Report of the King Institute of Preventive Medicine, Guindy
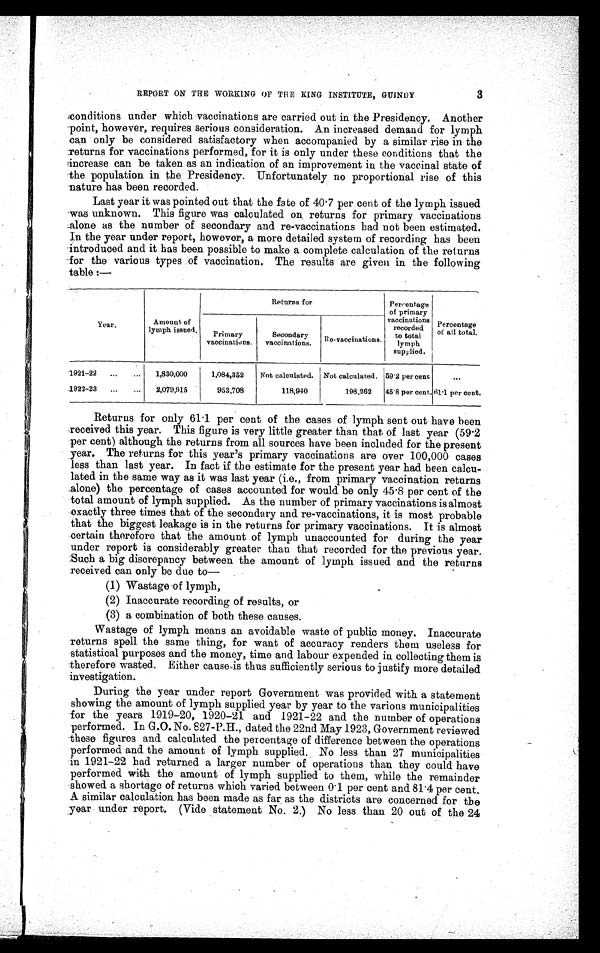
3
REPORT ON THE WORKING OF THE KING INSTITUTE, GUINDY
conditions under which vaccinations are carried out in the Presidency. Another
point, however, requires serious consideration. An increased demand for lymph
can only be considered satisfactory when accompanied by a similar rise in the
returns for vaccinations performed, for it is only under these conditions that the
increase can be taken as an indication of an improvement in the vaccinal state of
the population in the Presidency. Unfortunately no proportional rise of this
nature has been recorded.
Last year it was pointed out that the fate of 40.7 per cent of the lymph issued
was unknown. This figure was calculated on returns for primary vaccinations
alone as the number of secondary and re-vaccinations had not been estimated.
In the year under report, however, a more detailed system of recording has been
-introduced and it has been possible to make a complete calculation of the returns
-for the various types of vaccination. The results are given in the following
table :—
Year.
Amount of
lymph issued.
Returns for
Percentage
of primary
vaccinations
recorded
to total
lymph
supplied.
Percentage
of all total.
Primary
vaccinations.
Secondary
vaccinations.
R e - vaccinations.
1921-22
...
...
1,830,000
1,084,352
Not calculated.
Not calculated. 59.2 per cent
•••
1922-23
...
...
2,079,915
953,708
118,940
198,262
45.8 per cent. 61.1 per cent.
Returns for only 61.1 per cent of the cases of lymph sent out have been
received this year. This figure is very little greater than that of last year (59.2
per cent) although the returns from all sources have been included for the present
year. The returns for this year's primary vaccinations are over 100,000 cases
less than last year. In fact if the estimate for the present year had been calcu-
lated in the same way as it was last year (i.e., from primary vaccination returns
alone) the percentage of cases accounted for would be only 45.8 per cent of the
total amount of lymph supplied. As the number of primary vaccinations is almost
exactly three times that of the secondary and re-vaccinations, it is most probable
that the biggest leakage is in the returns for primary vaccinations. It is almost
certain therefore that the amount of lymph unaccounted for during the year
under report is considerably greater than that recorded for the previous year.
Such a big discrepancy between the amount of lymph issued and the returns
received can only be due to—
(1) Wastage-of lymph,
(2) Inaccurate recording of results, or
(3) a combination of both these causes.
Wastage of lymph means an avoidable waste of public money. Inaccurate
returns spell the same thing, for want of accuracy renders them useless for
statistical purposes and the money, time and labour expended in collecting them is
therefore wasted. Either cause is thus sufficiently serious to justify more detailed
investigation.
During the year under report Government was provided with a statement
showing the amount of lymph supplied year by year to the various municipalities
for the years 1919-20, 1920-21 and 1921-22 and the number of operations
performed. In G.O. No. 827-P.H., dated the 22nd May 1923, Government reviewed
these figures and calculated the percentage of difference between the operations
performed and the amount of lymph supplied. No less than 27 municipalities
in 1921-22 had returned a larger number of operations than they could have
performed with the amount of lymph supplied to them, while the remainder
showed a shortage of returns which varied between 0.1 per cent and 81.4 per cent.
A similar calculation has been made as far as the districts are concerned for the
year under report. (Vide statement No. 2.) No less than 20 out of the 24